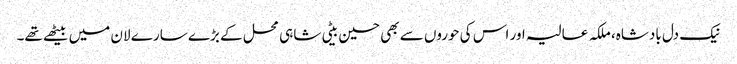
نیک دل بادشاہ، ملکہ عالیہ اور اس کی حوروں سے بھی حسین بیٹی شاہی محل کے بڑے سارے لان میں بیٹھے تھے۔